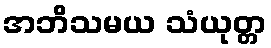
အဘိသမယ သံယုတ္တ